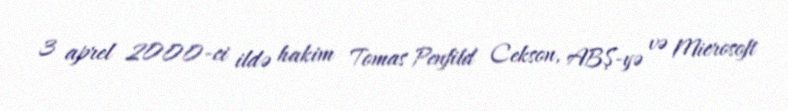
3 aprel 2000-ci ildə hakim Tomas Penfild Cekson, ABŞ-yə və Microsoft